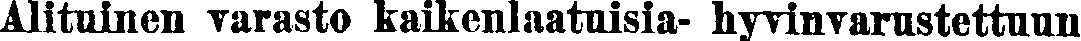
Alituinen varasto kaikenlaatuisia- hyvinvarustettuun